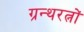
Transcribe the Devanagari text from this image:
ग्रन्थरत्नों